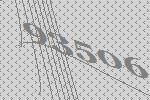
93506